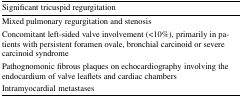
<table><thead><tr><td><b>Significant tricuspid regurgitation</b></td></tr></thead><tbody><tr><td>Mixed pulmonary regurgitation and stenosis</td></tr><tr><td>Concomitant left-sided valve involvement (&lt;10%), primarily in patients with persistent foramen ovale, bronchial carcinoid or severe carcinoid syndrome</td></tr><tr><td>Pathognomonic fibrous plaques on echocardiography involving the endocardium of valve leaflets and cardiac chambers</td></tr><tr><td>Intramyocardial metastases</td></tr></tbody></table>